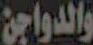
والدواجن